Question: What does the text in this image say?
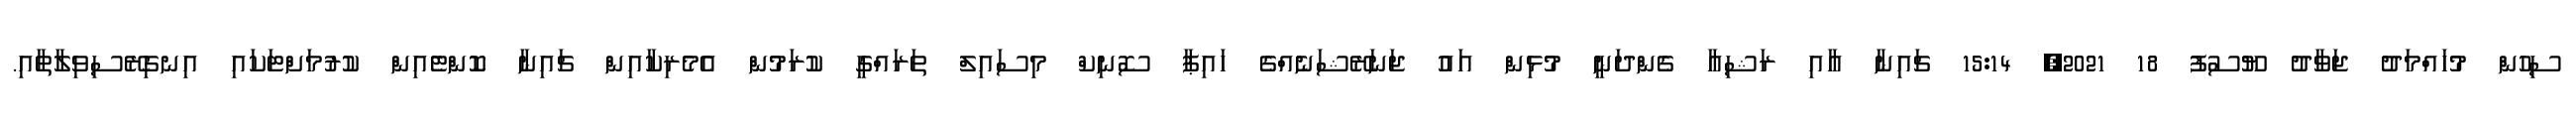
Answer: ސިހުން މުހައްމަދު ޖަވާދު ޔޫސުފު 18 2021, 15:14 ޗައިނާ އާއި ރަޝިއާ ގެންދަނީ މުޅިން އައު ޖަނަރޭޝަނެއްގެ ހައިޕާ ސޮނިކް މިސައިލް ތަރައްގީ ކުރަމުން އެމެރިކާއިން ޗައިނާ ކޮންޓެއިން ކުރުމަށްޓަކައި އިނގިރޭސިވިލާތާއި.